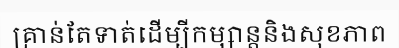
គ្រាន់តែទាត់ដើម្បីកម្សាន្តនិងសុខភាព